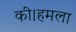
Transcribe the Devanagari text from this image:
की।हमला